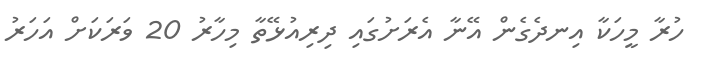
ހުރާ މީހަކާ އިނދެގެން އޭނާ އެރަށުގައި ދިރިއުޅޭތާ މިހާރު 20 ވަރަކަށް އަހަރު